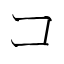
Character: コ